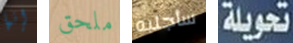
إنها ملحق سأجلبه تحويلة